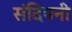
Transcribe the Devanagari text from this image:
संदिपनी